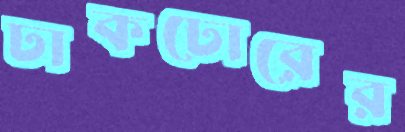
ঢাকঢোরের